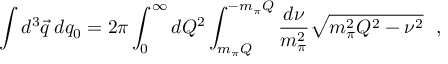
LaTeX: \int d ^ { 3 } \vec { q } \: d q _ { 0 } = 2 \pi \int _ { 0 } ^ { \infty } d Q ^ { 2 } \int _ { m _ { \pi } Q } ^ { - m _ { \pi } Q } { \frac { d \nu } { m _ { \pi } ^ { 2 } } } \sqrt { m _ { \pi } ^ { 2 } Q ^ { 2 } - \nu ^ { 2 } } \ \ ,